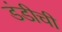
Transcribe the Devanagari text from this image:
डंडीची